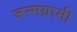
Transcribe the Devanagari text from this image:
जन्मग्रामी